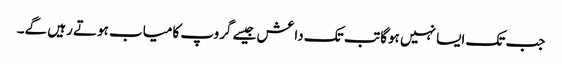
جب تک ایسا نہیں ہوگا تب تک داعش جیسے گروپ کامیاب ہوتے رہیں گے۔